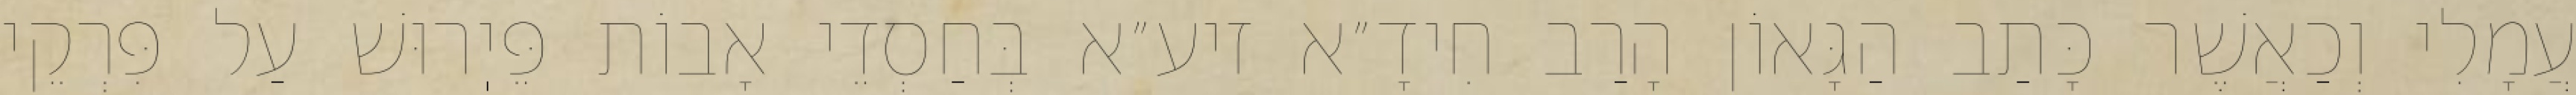
עֲמָלִי וְכַאֲשֶׁר כָּתַב הַגָּאוֹן הָרַב חִידָ״א זיע״א בְּחַסְדֵי אָבוֹת פֵּיֽרוּשׁ עַל פִּרְקֵי